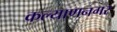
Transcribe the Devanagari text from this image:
कल्याणनगर